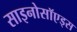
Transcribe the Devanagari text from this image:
साइनोसॉएड्स